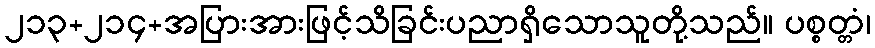
၂၁၃+၂၁၄+အပြားအားဖြင့်သိခြင်းပညာရှိသောသူတို့သည်။ ပစ္စတ္တံ၊